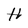
Character: H